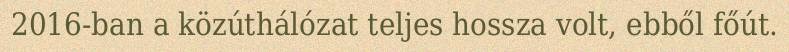
2016-ban a közúthálózat teljes hossza volt, ebből főút.